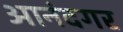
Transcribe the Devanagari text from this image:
आनंदगर